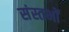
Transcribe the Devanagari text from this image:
संस्तभों